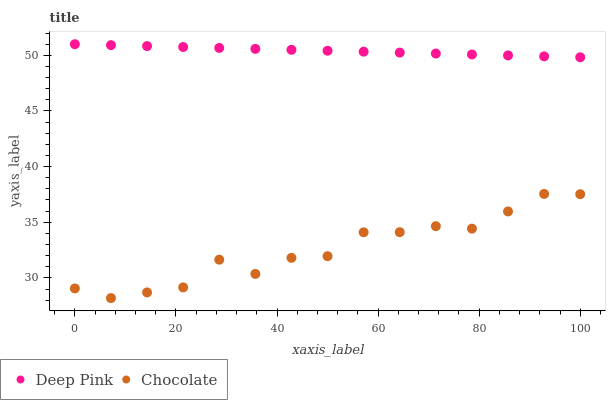
| xaxis_label | Deep Pink | Chocolate |
 | --- | --- | --- |
 | 0 | 51 | 29.1 |
 | 7.14 | 50.9 | 28.2 |
 | 14.3 | 50.8 | 28.7 |
 | 21.4 | 50.7 | 29.1 |
 | 28.6 | 50.7 | 31.6 |
 | 35.7 | 50.6 | 30.4 |
 | 42.9 | 50.5 | 31.8 |
 | 50 | 50.4 | 32 |
 | 57.1 | 50.3 | 34.1 |
 | 64.3 | 50.2 | 34.1 |
 | 71.4 | 50.2 | 34.6 |
 | 78.6 | 50.1 | 34.4 |
 | 85.7 | 50 | 36 |
 | 92.9 | 49.9 | 37.5 |
 | 100 | 49.8 | 37.5 |